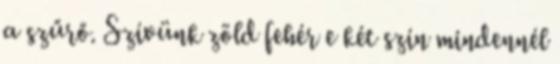
a szűrő. Szívünk zöld fehér e két szín mindennél